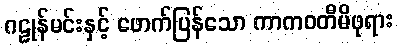
ဂဠုန်မင်းနှင့် ဖောက်ပြန်သော ကာကဝတီမိဖုရား